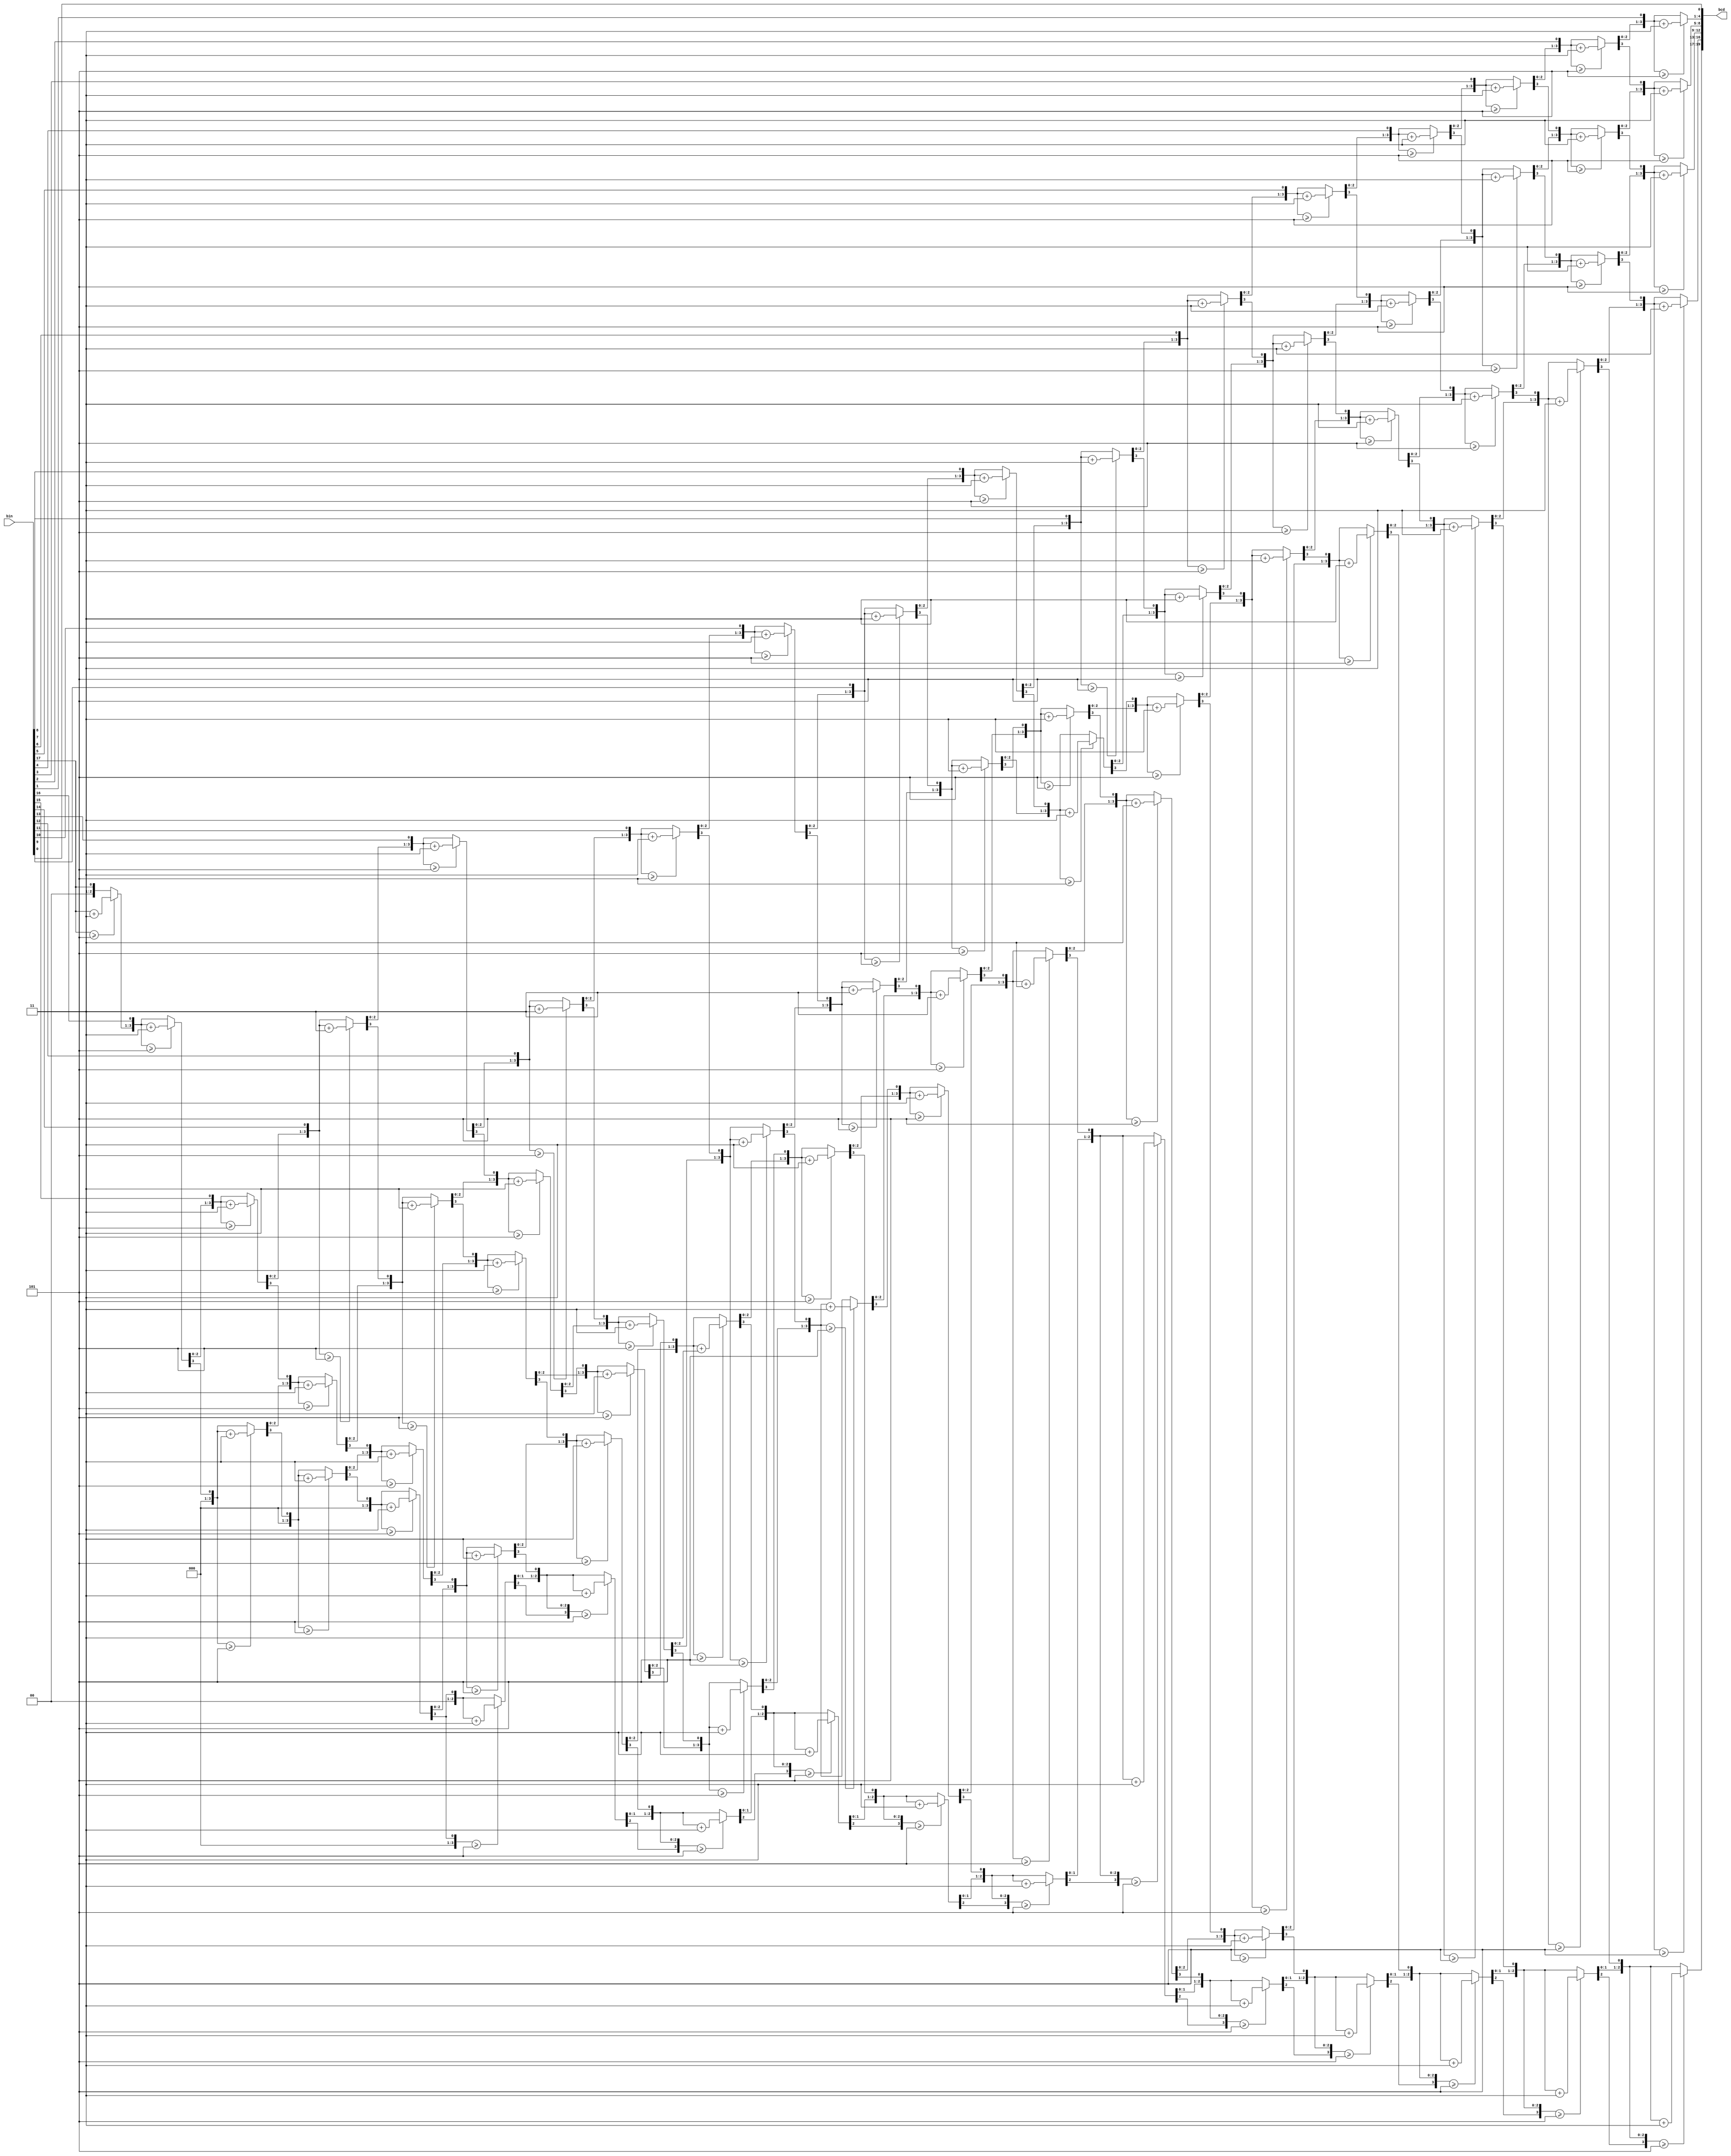
module bin2bcd(bin, bcd);	// To convert binary to bcd
   
input[17:0] bin;
output reg[19:0] bcd;

integer i;
	
always @(bin) begin
	bcd=0;		 	
	for (i=0;i<18;i=i+1) begin
		if (bcd[3:0] >= 5) bcd[3:0] = bcd[3:0] + 3;
		if (bcd[7:4] >= 5) bcd[7:4] = bcd[7:4] + 3;
		if (bcd[11:8] >= 5) bcd[11:8] = bcd[11:8] + 3;
		if (bcd[15:12] >= 5) bcd[15:12] = bcd[15:12] + 3;
		if (bcd[19:16] >= 5) bcd[19:16] = bcd[19:16] + 3;
		bcd = {bcd[18:0], bin[17-i]};
	end
end

endmodule